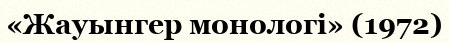
«Жауынгер монологі» (1972)